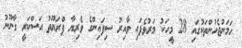
ހަމަނުޖެހުންތަކުގައި 28 މީހަކު މަރުވެފައި ވާއިރު ސިފައިންގެ ވެރިޔާ ޕްރަޔޫތު އަސްކަރީ ގާނޫނު